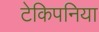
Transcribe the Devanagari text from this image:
टेकिपनिया